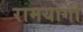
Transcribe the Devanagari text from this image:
रामयोगी